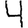
Digit: 4